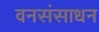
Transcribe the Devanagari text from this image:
वनसंसाधन